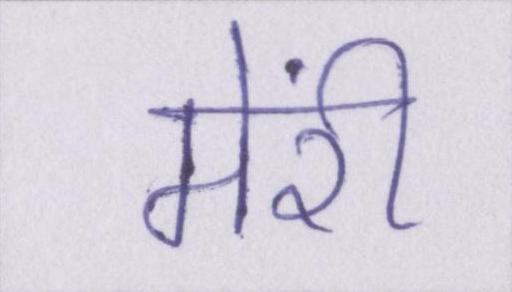
मेंरी